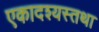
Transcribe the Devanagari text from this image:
एकादश्यस्तथा